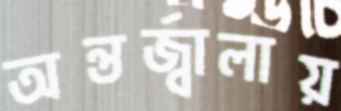
অন্তর্জ্বালায়